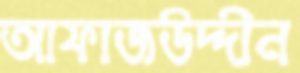
আফাজউদ্দীন